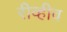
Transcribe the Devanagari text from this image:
रीव्हीव